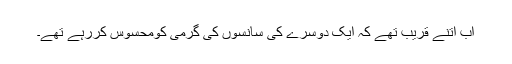
اب اتنے قریب تھے کہ ایک دوسرے کی سانسوں کی گرمی کومحسوس کررہے تھے۔